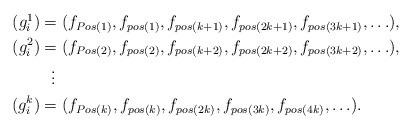
LaTeX: \begin{align*}\begin{aligned} (g^1_i) &=(f_{Pos(1)},f_{pos(1)},f_{pos(k+1)},f_{pos(2k+1)}, f_{pos(3k+1)},\ldots ),\\ (g^2_i)&=(f_{Pos(2)},f_{pos(2)}, f_{pos(k+2)}, f_{pos(2k+2)}, f_{pos(3k+2)},\ldots),\\ &\ \ \vdots \\(g^k_i)&=( f_{Pos(k)}, f_{pos(k)}, f_{pos(2k)}, f_{pos(3k)},f_{pos(4k)}, \ldots).\end{aligned}\end{align*}